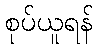
စုပ်ယူရန်